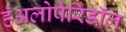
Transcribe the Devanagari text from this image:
हॅअलोपेरिडॉल